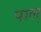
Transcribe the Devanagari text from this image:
पाल्